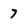
Character: 7